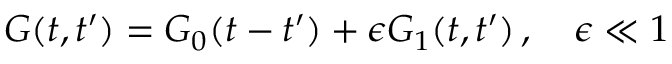
G ( t , t ^ { \prime } ) = G _ { 0 } ( t - t ^ { \prime } ) + \epsilon G _ { 1 } ( t , t ^ { \prime } ) \, , \quad \epsilon \ll 1